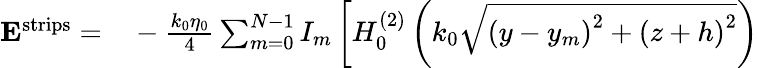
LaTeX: \begin{array}{rl}{\mathbf{E}^{\mathrm{strips}}=}&{{}-\frac{k_{0}\eta_{0}}{4}\sum_{m=0}^{N-1}I_{m}\left[H_{0}^{(2)}\left(k_{0}\sqrt{\left(y-y_{m}\right)^{2}+\left(z+h\right)^{2}}\right)\right.}\end{array}